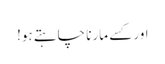
اور کسے مارنا چاہتے ہو!